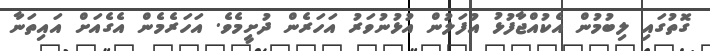
ގޮތުގައި ލިބުމުން އެކުއްޖާފުޅު އުފަލުން އުޅުނުވަރު އަހަރެން ދުށީމެވެ. އަހަރެމެން އެގެއަށް އައިތަނާ